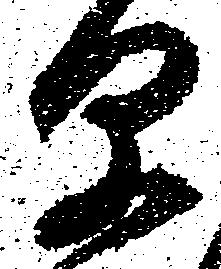
早